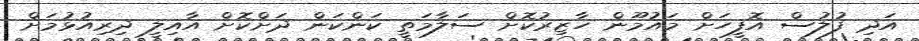
އަދި ފުލުސް އޮފީހަށް މައުމޫން ހާޒިރުކޮށް ސަލާމަތީ ކަންކަން ދަށްކޮށް އާއިލީ ދިރިއުޅުމަށް